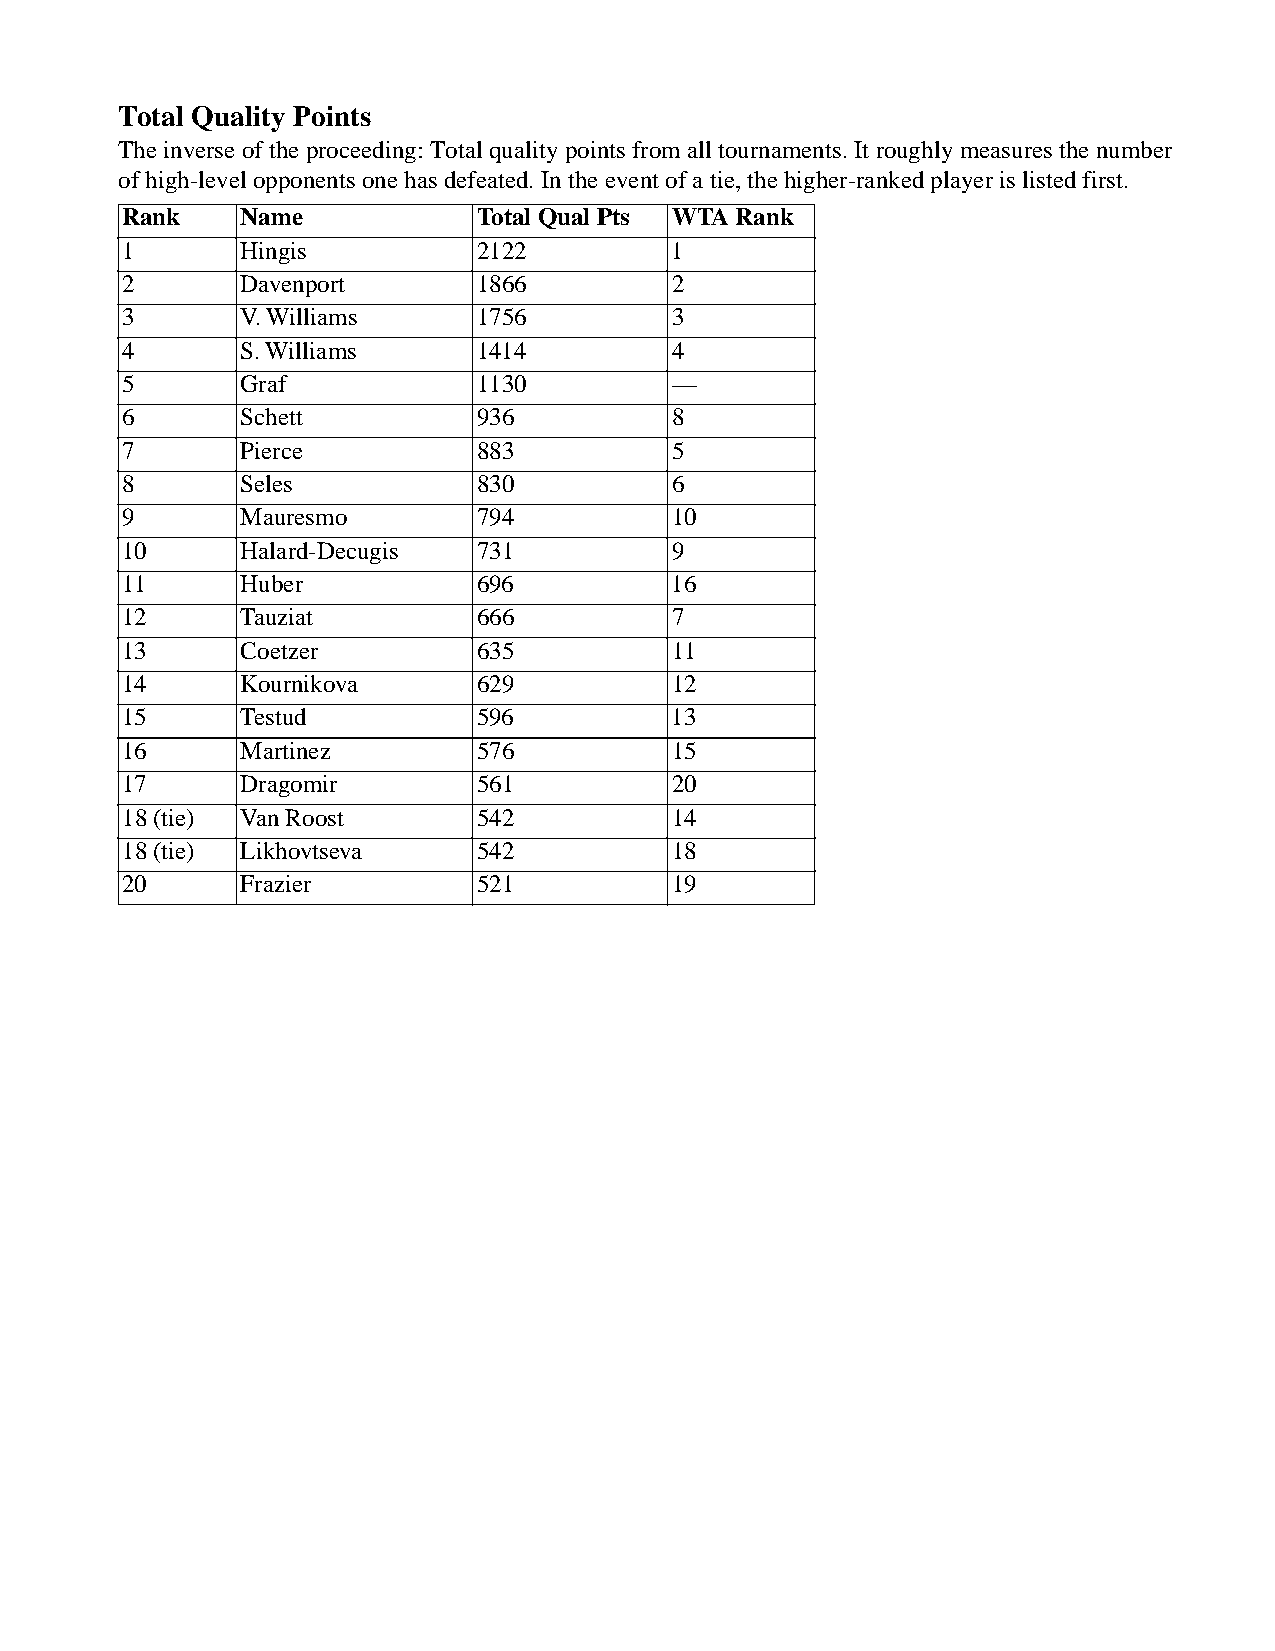
Total Quality Points
 The inverse of the proceeding: Total quality points from all tournaments. It roughly measures the number
 of high-level opponents one has defeated. In the event of a tie, the higher-ranked player is listed first.
 Rank   Name            Total Qual Pts WTA Rank
 1      Hingis          2122         1
 2      Davenport       1866         2
 3      V. Williams     1756         3
 4      S. Williams     1414         4
 5      Graf            1130         —
 6      Schett          936          8
 7      Pierce          883          5
 8      Seles           830          6
 9      Mauresmo        794          10
 10     Halard-Decugis  731          9
 11     Huber           696          16
 12     Tauziat         666          7
 13     Coetzer         635          11
 14     Kournikova      629          12
 15     Testud          596          13
 16     Martinez        576          15
 17     Dragomir        561          20
 18 (tie) Van Roost     542          14
 18 (tie) Likhovtseva   542          18
 20     Frazier         521          19